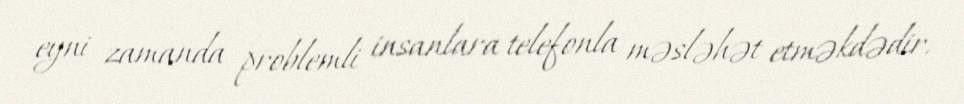
eyni zamanda problemli insanlara telefonla məsləhət etməkdədir.